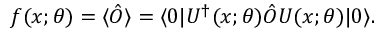
f ( x ; \theta ) = \langle \hat { O } \rangle = \langle 0 | U ^ { \dag } ( x ; \theta ) \hat { O } U ( x ; \theta ) | 0 \rangle .